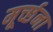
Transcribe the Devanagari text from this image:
मूर्च्छना